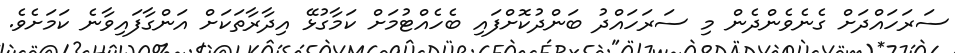
ސަރަހައްދަށް ގެނެވެންދެން މި ސަރަހައްދު ބަންދުކޮށްފައި ބެހެއްޓުމަށް ކަމާގުޅޭ އިދާރާތަކަށް އަންގާފައިވާނެ ކަމަށެވެ.